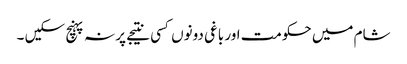
شام میں حکومت اور باغی دونوں کسی نتیجے پر نہ پہنچ سکیں ۔